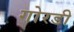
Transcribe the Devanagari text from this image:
गोरडी